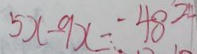
5 x - 9 x = - 4 8 - 2 4